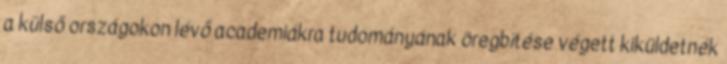
a külső országokon lévő academiákra tudományának öregbítése végett kiküldetnék